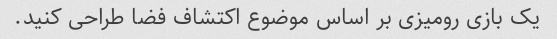
یک بازی رومیزی بر اساس موضوع اکتشاف فضا طراحی کنید.